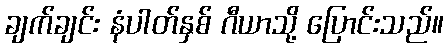
ချက်ချင်း နံပါတ်နှစ် ဂီယာသို့ ပြောင်းသည်။